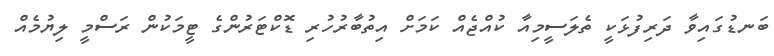
ބަނޑުގައިވާ ދަރިފުޅަކީ ތެލަސީމިއާ ކުއްޖެއް ކަމަށް އިތުބާރުހުރި ޑޮކްޓަރުންގެ ޓީމަކުން ރަސްމީ ލިޔުމެއް